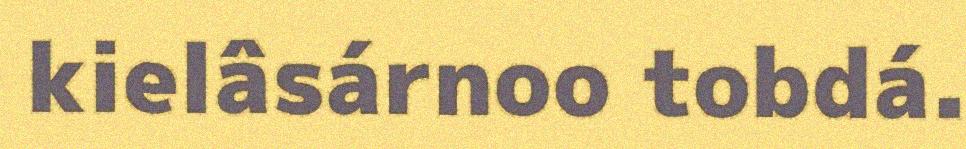
kielâsárnoo tobdá.